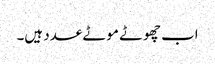
اب چھوٹے موٹے عدد ہیں۔